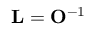
{ \bf L } = { \bf O } ^ { - 1 }